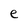
Character: e